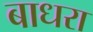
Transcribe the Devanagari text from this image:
बाधरा